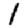
Digit: 1